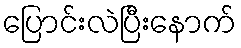
ပြောင်းလဲပြီးနောက်